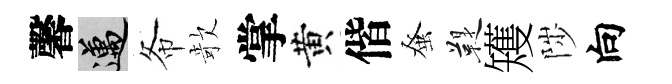
馨邁𢁙欹掌黄偕𫊫鞮矱陟向